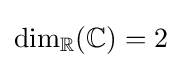
\dim _{\mathbb {R} }(\mathbb {C} )=2